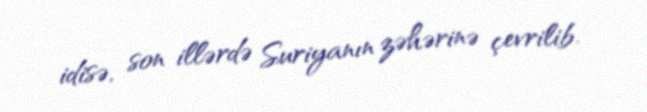
idisə, son illərdə Suriyanın zəhərinə çevrilib.